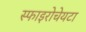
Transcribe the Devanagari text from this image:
स्फाइरोचेयटा